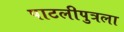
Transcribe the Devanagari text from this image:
पाटलीपुत्रला